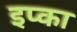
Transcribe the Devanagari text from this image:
इप्का